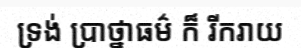
ទ្រង់ ប្រាថ្នាធម៌ ក៏ រីករាយ